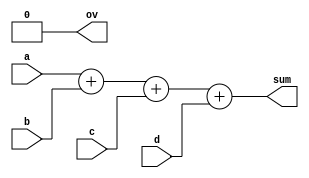
module add2(a, b, c, d, sum, ov);

	input [3:0] a, b, c, d;
	output [4:0] sum;
	output ov;
	
	assign sum = a + b + c + d;
	assign ov = 1'b0;
		
endmodule